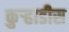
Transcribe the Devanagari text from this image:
कुऱ्हाडीस